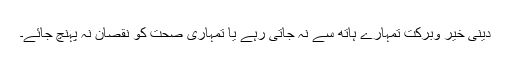
دینی خیر وبرکت تمہارے ہاتھ سے نہ جاتی رہے یا تمہاری صحت کو نقصان نہ پہنچ جائے۔